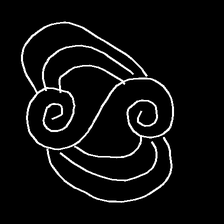
Glyph: wind-underfoot